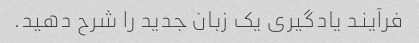
فرآیند یادگیری یک زبان جدید را شرح دهید.